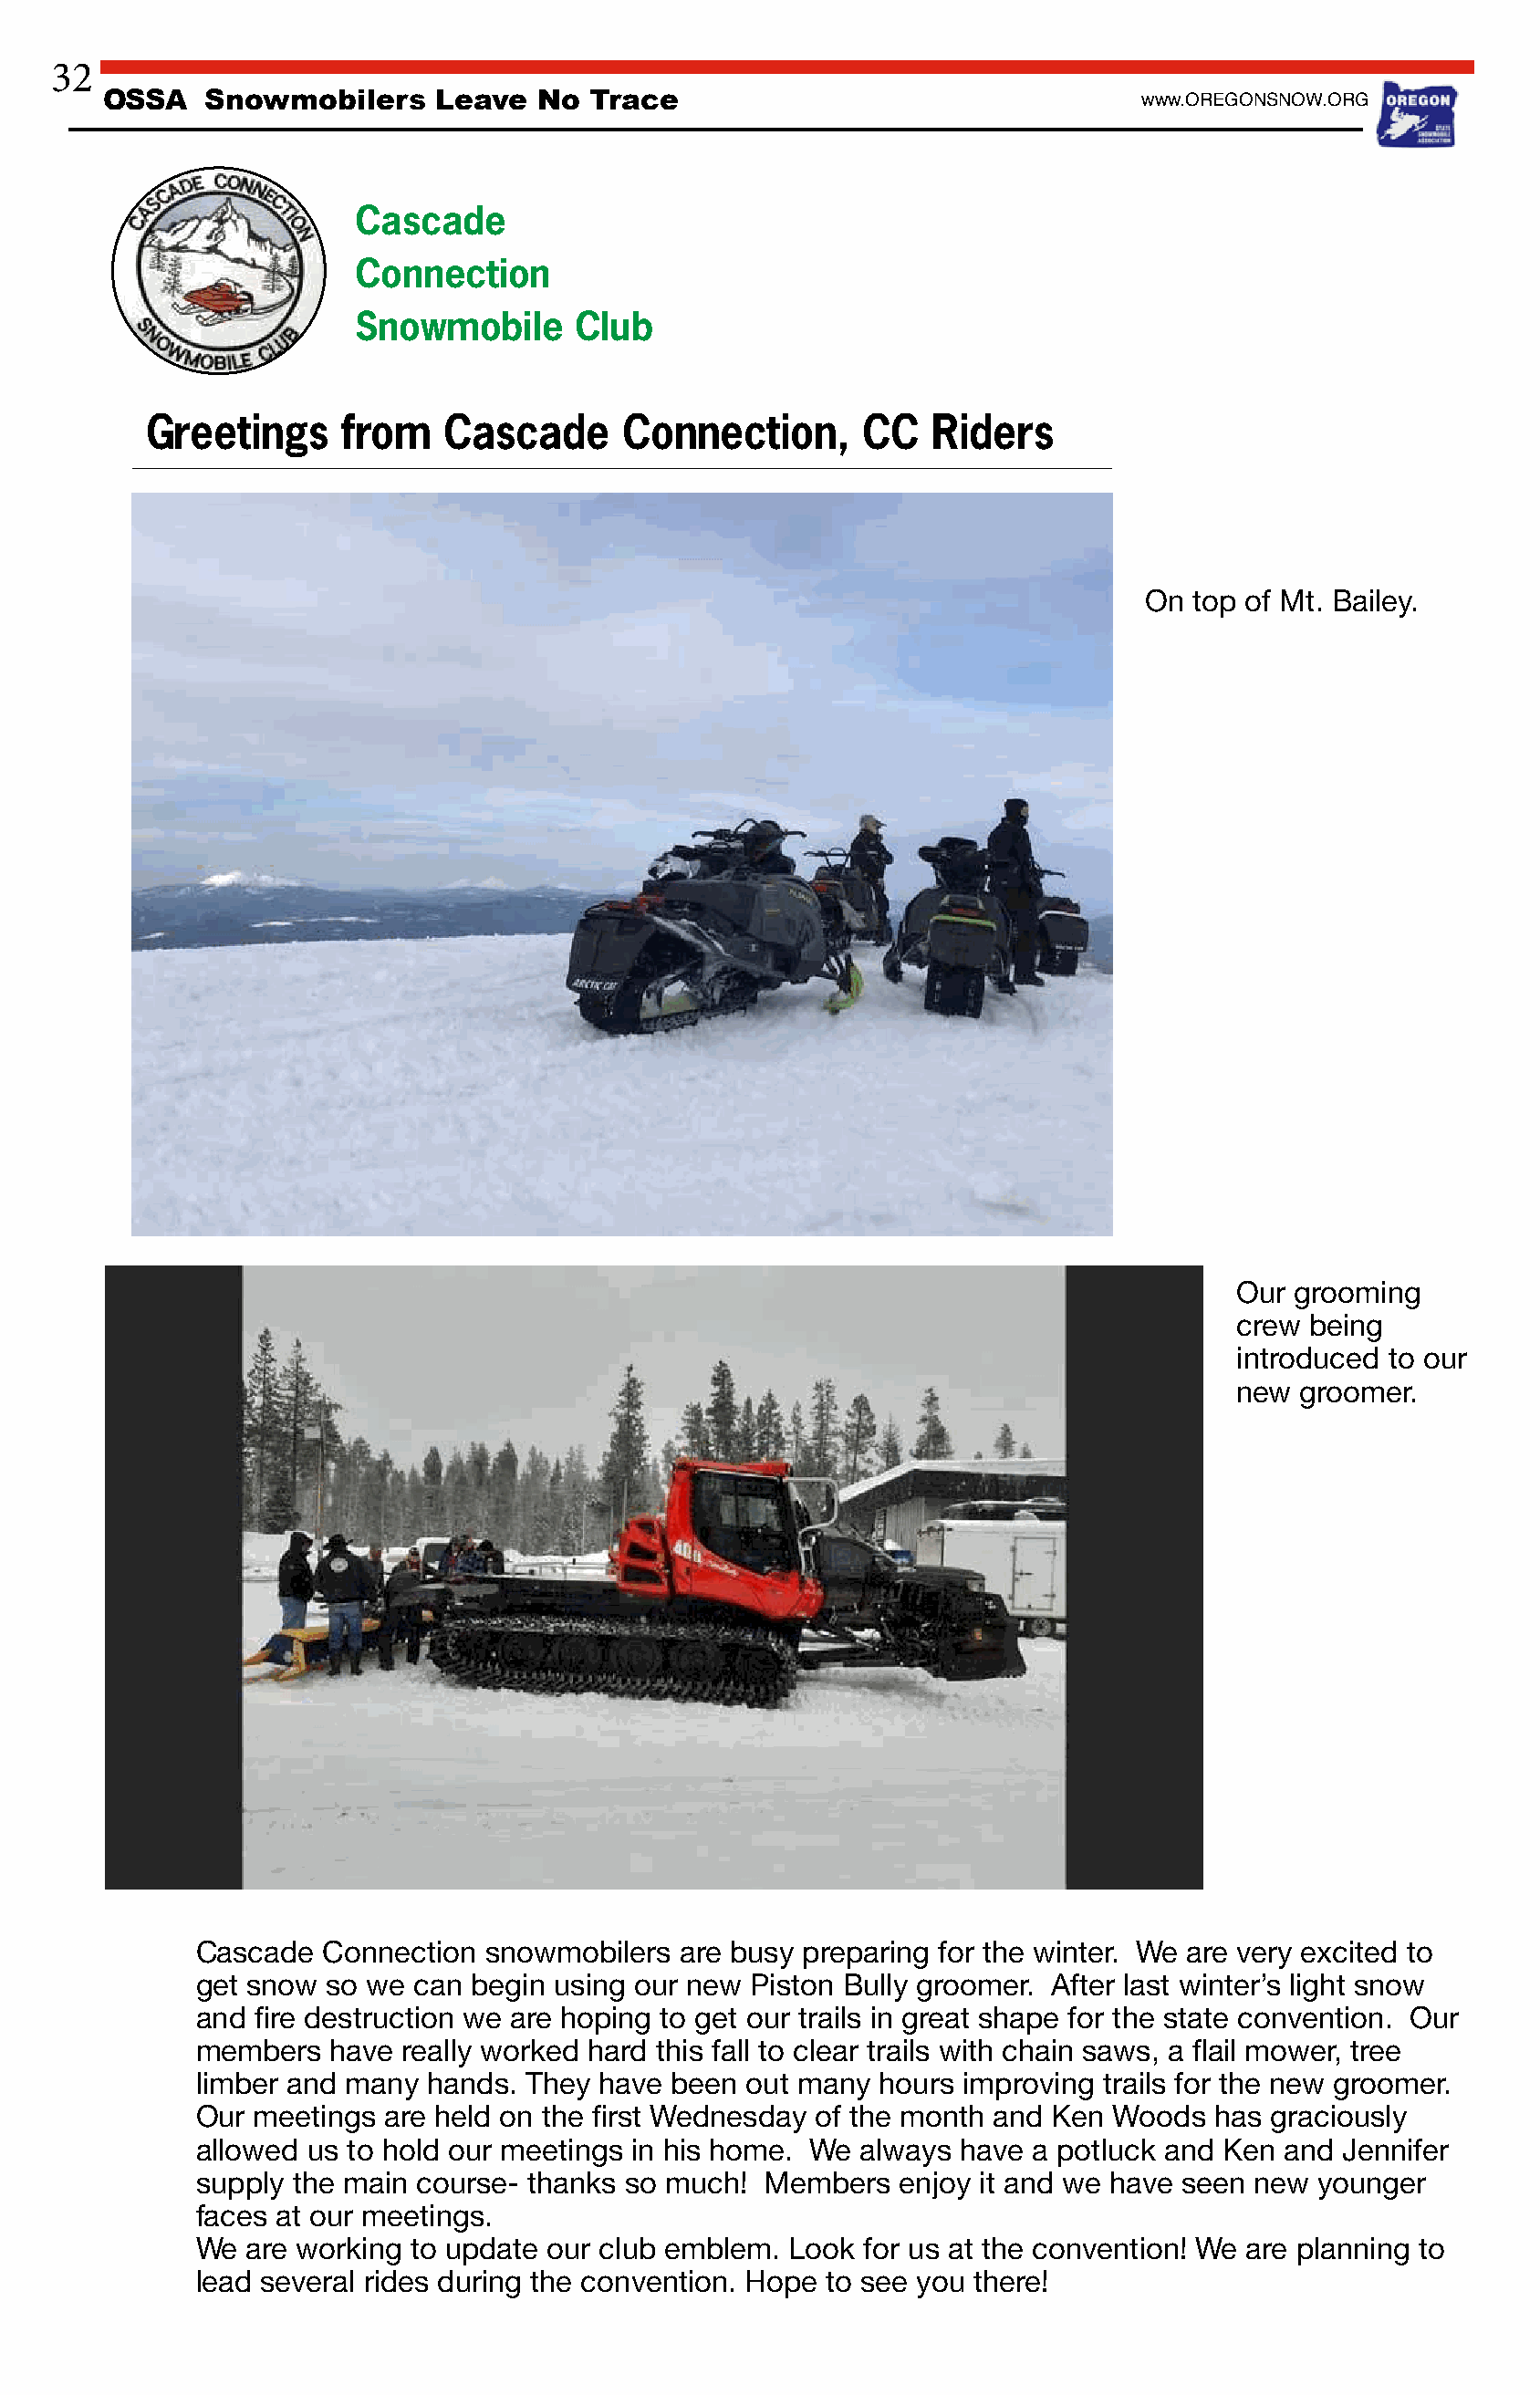
32
 OSSA    Snowmobilers     Leave  No  Trace                                   www.OREGONSNOW.ORG
 Cascade
 Connection
 Snowmobile      Club
 Greetings     from   Cascade      Connection,       CC   Riders
 On  top of Mt. Bailey.
 Our grooming
 crew being
 introduced to our
 new groomer.
 Cascade  Connection  snowmobilers  are busy preparing for the winter. We are very excited to
 get snow  so we can begin using our new Piston Bully groomer. After last winter’s light snow
 and   re destruction we are hoping to get our trails in great shape for the state convention. Our
 fi
 members   have really worked hard this fall to clear trails with chain saws, a ail mower, tree
 fl
 limber and many  hands. They have  been out many  hours improving trails for the new groomer.
 Our meetings  are held on the rst Wednesday  of the month and Ken  Woods  has graciously
 fi
 allowed us to hold our meetings in his home. We always  have a potluck and Ken and Jennifer
 supply the main course- thanks so much!  Members   enjoy it and we have seen new  younger
 faces at our meetings.
 We  are working to update our club emblem. Look  for us at the convention! We are planning to
 lead several rides during the convention. Hope to see you there!